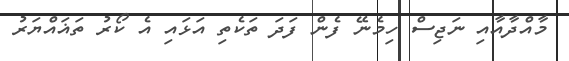
މާއްދާއާއި ނަޖިސް ހިމެނޭ ފެން ފަދަ ތަކެތި އަޅައި އެ ކޯރު ތަޣައްޔަރު